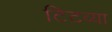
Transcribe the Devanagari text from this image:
टिटव्या